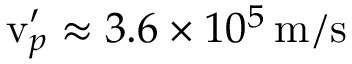
\mathrm { v } _ { p } ^ { \prime } \approx 3 . 6 \times 1 0 ^ { 5 } \, \mathrm { m / s }